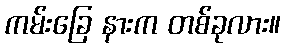
ကမ်းခြေ နားက တစ်ခုလား။